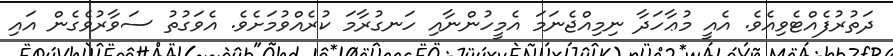
ދަތުރުފެއްޓެވިއެވެ. އެއީ މުޢާހަދާ ނިމިއްޖެނަމަ އެމީހުންނާއި ހަނގުރާމަ ކުރެއްވުމަށެވެ. އެވަގުތު ސަވާރުވެގެން އައި